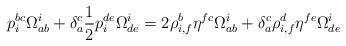
LaTeX: \begin{align*}p_i^{bc}\Omega^i_{ab} + \delta^c_a \frac12 p_i^{de}\Omega^i_{de}= 2\rho^{b}_{i,f} \eta^{fc} \Omega^i_{ab} + \delta^c_a \rho^{d}_{i,f} \eta^{fe} \Omega^i_{de}\end{align*}